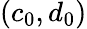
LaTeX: (c_{0},d_{0})